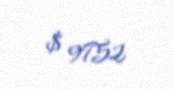
$ 9752